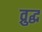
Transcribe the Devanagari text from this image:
व्रुद्ध